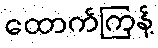
ထောက်ကြန့်